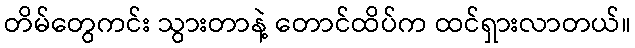
တိမ်တွေကင်း သွားတာနဲ့ တောင်ထိပ်က ထင်ရှားလာတယ်။